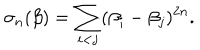
LaTeX: \sigma _ { n } ( \beta ) = \sum _ { i < j } ( \beta _ { i } - \beta _ { j } ) ^ { 2 n } .